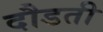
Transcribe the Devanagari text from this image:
दौडती